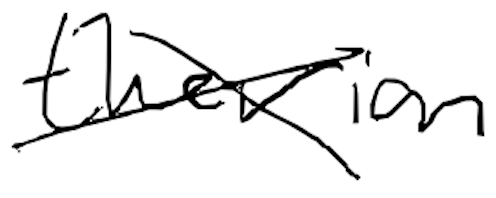
Text: therian
Cross-out: cross
Writing tool: digital_black